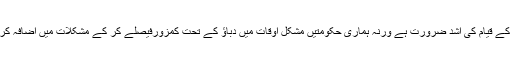
ایسے ادارے کے قیام کی اشد ضرورت ہے ورنہ ہماری حکومتیں مشکل اوقات میں دباؤ کے تحت کمزورفیصلے کر کے مشکلات میں اضافہ کرتی رہیں گی۔